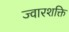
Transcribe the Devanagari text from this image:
ज्वारशक्ति